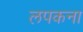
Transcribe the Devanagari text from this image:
लपकना